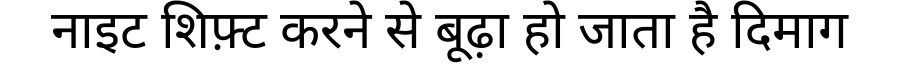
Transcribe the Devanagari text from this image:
नाइट शिफ़्ट करने से बूढ़ा हो जाता है दिमाग